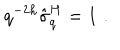
LaTeX: q ^ { - 2 h } \hat { \sigma } _ { q } ^ { H } = 1 \, \, .